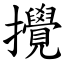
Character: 攪